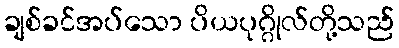
ချစ်ခင်အပ်သော ပိယပုဂ္ဂိုလ်တို့သည်